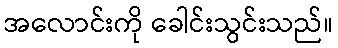
အလောင်းကို ခေါင်းသွင်းသည်။